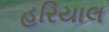
હરિયાલ